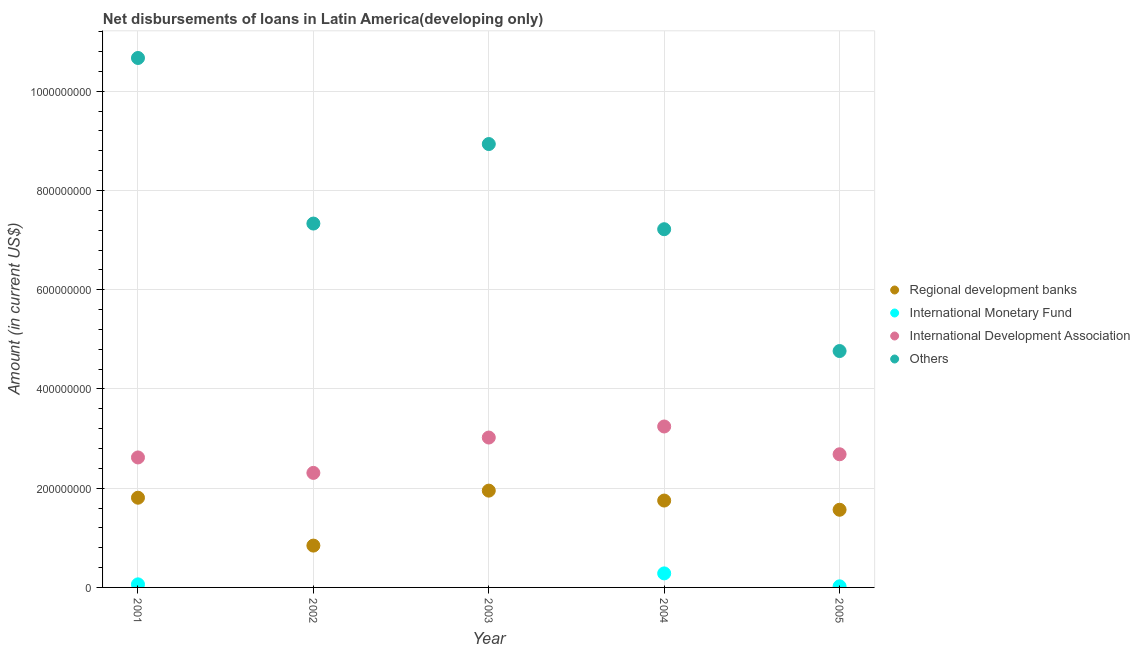
| Year | Regional development banks | International Monetary Fund | International Development Association | Others |
 | --- | --- | --- | --- | --- |
 | 2001 | 1.81e+08 | 6.19e+06 | 2.62e+08 | 1.07e+09 |
 | 2002 | 8.43e+07 | -2.76e+07 | 2.31e+08 | 7.33e+08 |
 | 2003 | 1.95e+08 | -1.37e+07 | 3.02e+08 | 8.94e+08 |
 | 2004 | 1.75e+08 | 2.83e+07 | 3.24e+08 | 7.22e+08 |
 | 2005 | 1.57e+08 | 2.2e+06 | 2.68e+08 | 4.76e+08 |